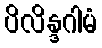
ပိလိန္ဒဂါမံ